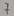
Text: 7